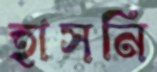
হাসনি